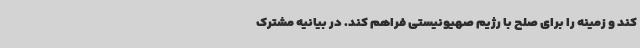
کند و زمینه را برای صلح با رژیم صهیونیستی فراهم کند. در بیانیه مشترک